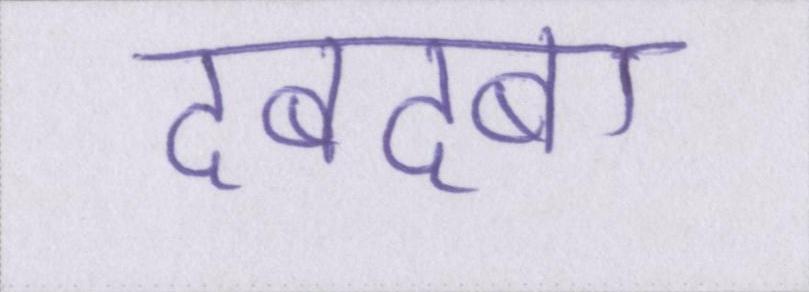
दबदबा